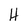
Character: H